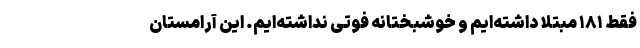
فقط ۱۸۱ مبتلا داشته‌ایم و خوشبختانه فوتی نداشته‌ایم. این آرامستان